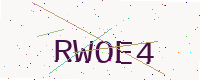
Text: RWOE4